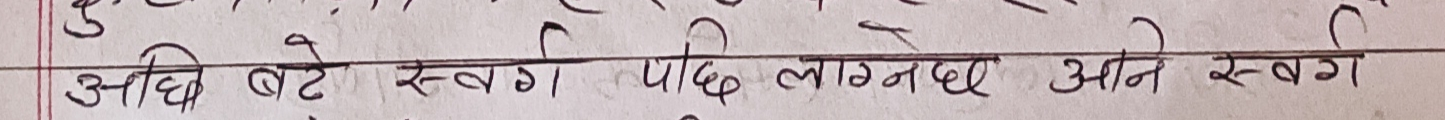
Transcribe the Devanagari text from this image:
उ अघि बटे स्वर्ग। पछी लाग्नेछ अनि स्वर्ग।